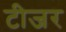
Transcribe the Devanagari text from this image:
टीजर